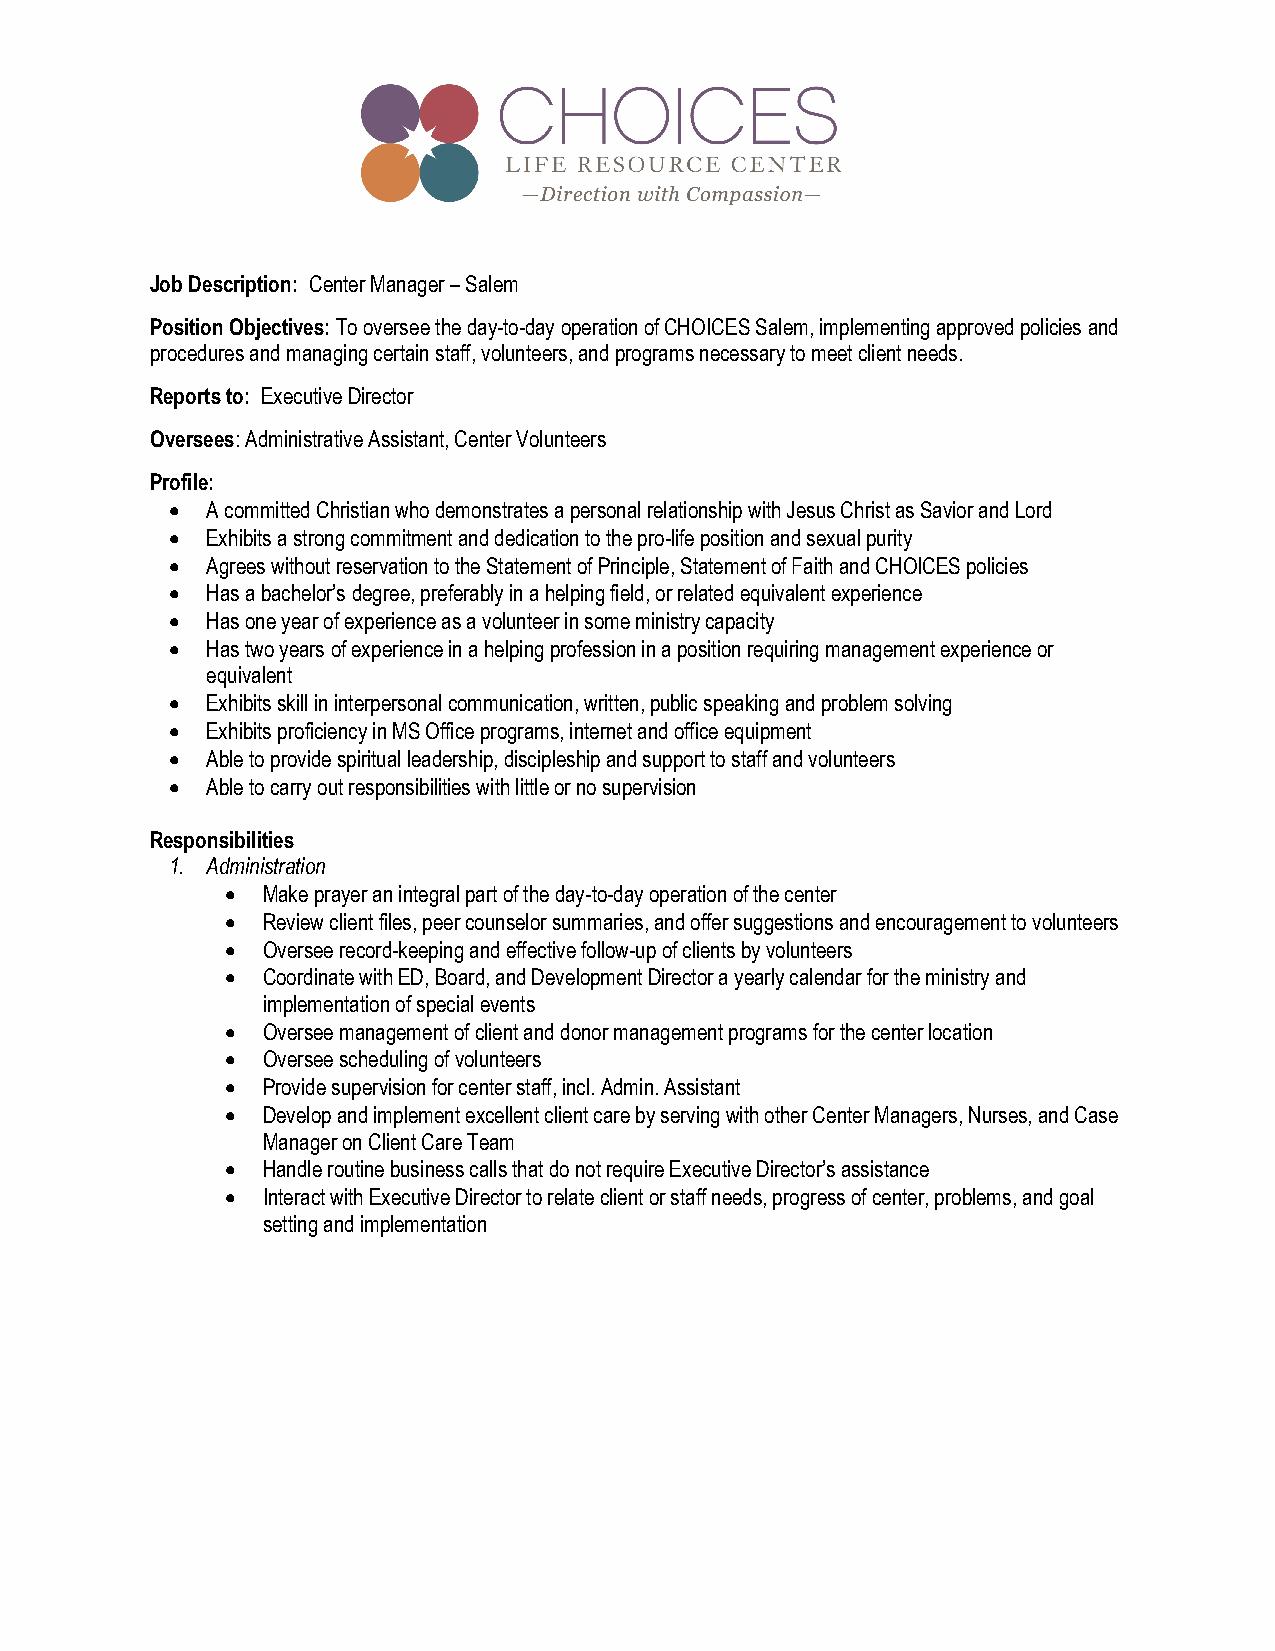
Job Description: Center Manager – Salem
 Position Objectives: To oversee the day-to-day operation of CHOICES Salem, implementing approved policies and
 procedures and managing certain staff, volunteers, and programs necessary to meet client needs.
 Reports to: Executive Director
 Oversees: Administrative Assistant, Center Volunteers
 Profile:
   A committed Christian who demonstrates a personal relationship with Jesus Christ as Savior and Lord
   Exhibits a strong commitment and dedication to the pro-life position and sexual purity
   Agrees without reservation to the Statement of Principle, Statement of Faith and CHOICES policies
   Has a bachelor’s degree, preferably in a helping field, or related equivalent experience
   Has one year of experience as a volunteer in some ministry capacity
   Has two years of experience in a helping profession in a position requiring management experience or
 equivalent
   Exhibits skill in interpersonal communication, written, public speaking and problem solving
   Exhibits proficiency in MS Office programs, internet and office equipment
   Able to provide spiritual leadership, discipleship and support to staff and volunteers
   Able to carry out responsibilities with little or no supervision
 Responsibilities
 1. Administration
  Make prayer an integral part of the day-to-day operation of the center
  Review client files, peer counselor summaries, and offer suggestions and encouragement to volunteers
  Oversee record-keeping and effective follow-up of clients by volunteers
  Coordinate with ED, Board, and Development Director a yearly calendar for the ministry and
 implementation of special events
  Oversee management of client and donor management programs for the center location
  Oversee scheduling of volunteers
  Provide supervision for center staff, incl. Admin. Assistant
  Develop and implement excellent client care by serving with other Center Managers, Nurses, and Case
 Manager on Client Care Team
  Handle routine business calls that do not require Executive Director’s assistance
  Interact with Executive Director to relate client or staff needs, progress of center, problems, and goal
 setting and implementation